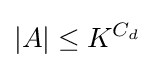
|A|\leq K^{C_{d}}